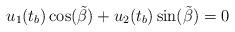
LaTeX: \begin{align*}u_1(t_b) \cos(\tilde{\beta})+u_2(t_b) \sin(\tilde{\beta})=0\end{align*}